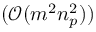
( \mathcal { O } ( m ^ { 2 } n _ { p } ^ { 2 } ) )